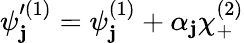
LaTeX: \psi_{\mathbf{j}}^{\prime(1)}=\psi_{\mathbf{j}}^{(1)}+\alpha_{\mathbf{j}}\chi_{+}^{(2)}